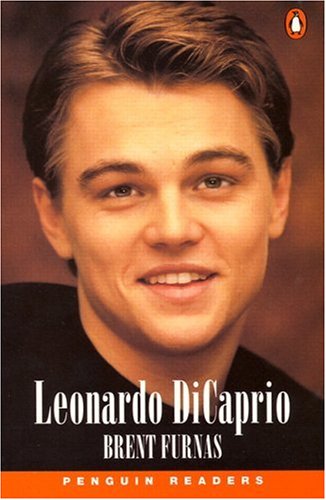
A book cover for Leonardo DiCaprio (Penguin Readers, Level 1); Furness; Teen & Young Adult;